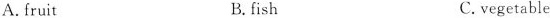
A.fruit B.fish C. vegetable